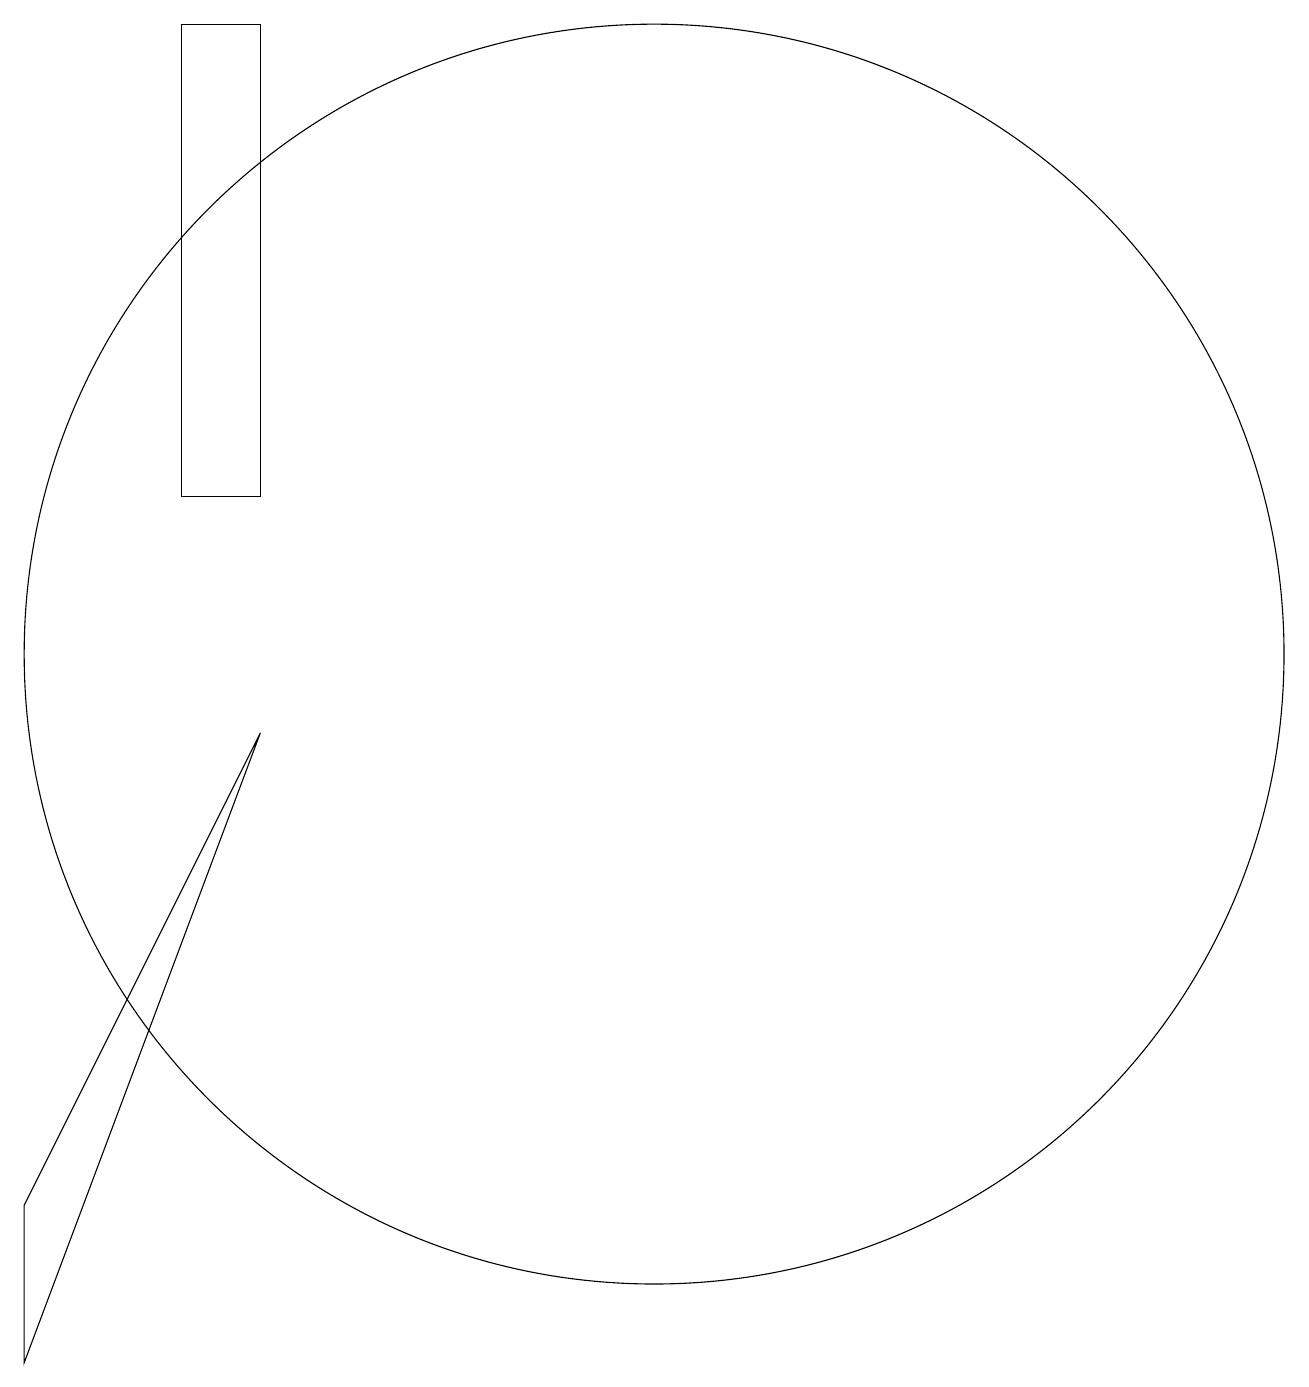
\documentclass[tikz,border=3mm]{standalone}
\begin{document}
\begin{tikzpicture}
\draw (10,10) circle (8);
\draw (5,18) rectangle (4,12);
\draw (5,9) -- (2,1) -- (2,3) -- cycle;
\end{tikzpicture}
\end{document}